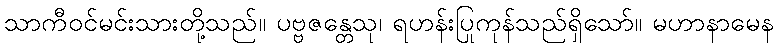
သာကီဝင်မင်းသားတို့သည်။ ပဗ္ဗဇန္တေသု၊ ရဟန်းပြုကုန်သည်ရှိသော်။ မဟာနာမေန